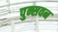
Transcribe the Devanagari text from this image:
पुन्सवन